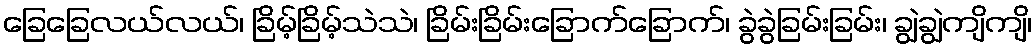
ခြေခြေလယ်လယ်၊ ခြိမ့်ခြိမ့်သဲသဲ၊ ခြိမ်းခြိမ်းခြောက်ခြောက်၊ ခွဲခွဲခြမ်းခြမ်း၊ ချွဲချွဲကျိကျိ၊